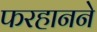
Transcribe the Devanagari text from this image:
फरहानने